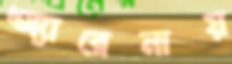
অ্যারেনায়